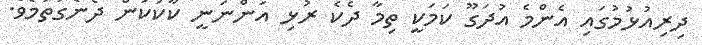
ދިރިއުޅުމުގައި އެންމެ އުދަގޫ ކަމަކީ ތިމާ ދެކެ ރުޅި އަންނަނީ ކާކުކަން ދެނެގަތުމެވެ.